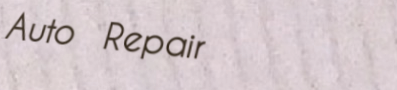
Auto Repair